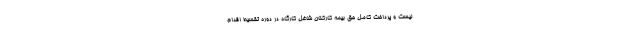
لیست و پرداخت کامل حق بیمه کارکنان شاغل کارگاه در دوره تقسیط اقدام